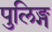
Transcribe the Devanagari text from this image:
पुलिङ्ग